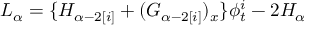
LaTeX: { \cal L } _ { \alpha } = \{ { \cal H } _ { \alpha - 2 [ i ] } + ( { \cal G } _ { \alpha - 2 [ i ] } ) _ { x } \} \phi _ { t } ^ { i } - 2 { \cal H } _ { \alpha }